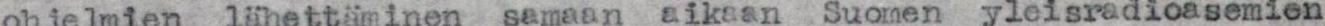
ohjelmien lähettiminen samaan aikaan Suomen yleisradioasemien